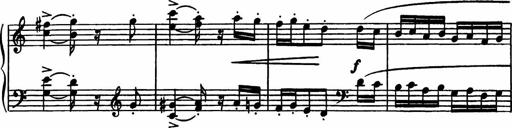
Title: Sonatilla
Composer: Mortimer Wilson
Key: C major